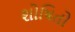
શોષિતો